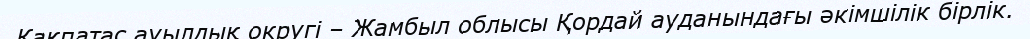
Қақпатас ауылдық округі – Жамбыл облысы Қордай ауданындағы әкімшілік бірлік.